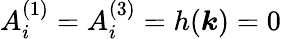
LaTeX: A_{i}^{(1)}=A_{i}^{(3)}=h(\boldsymbol{k})=0